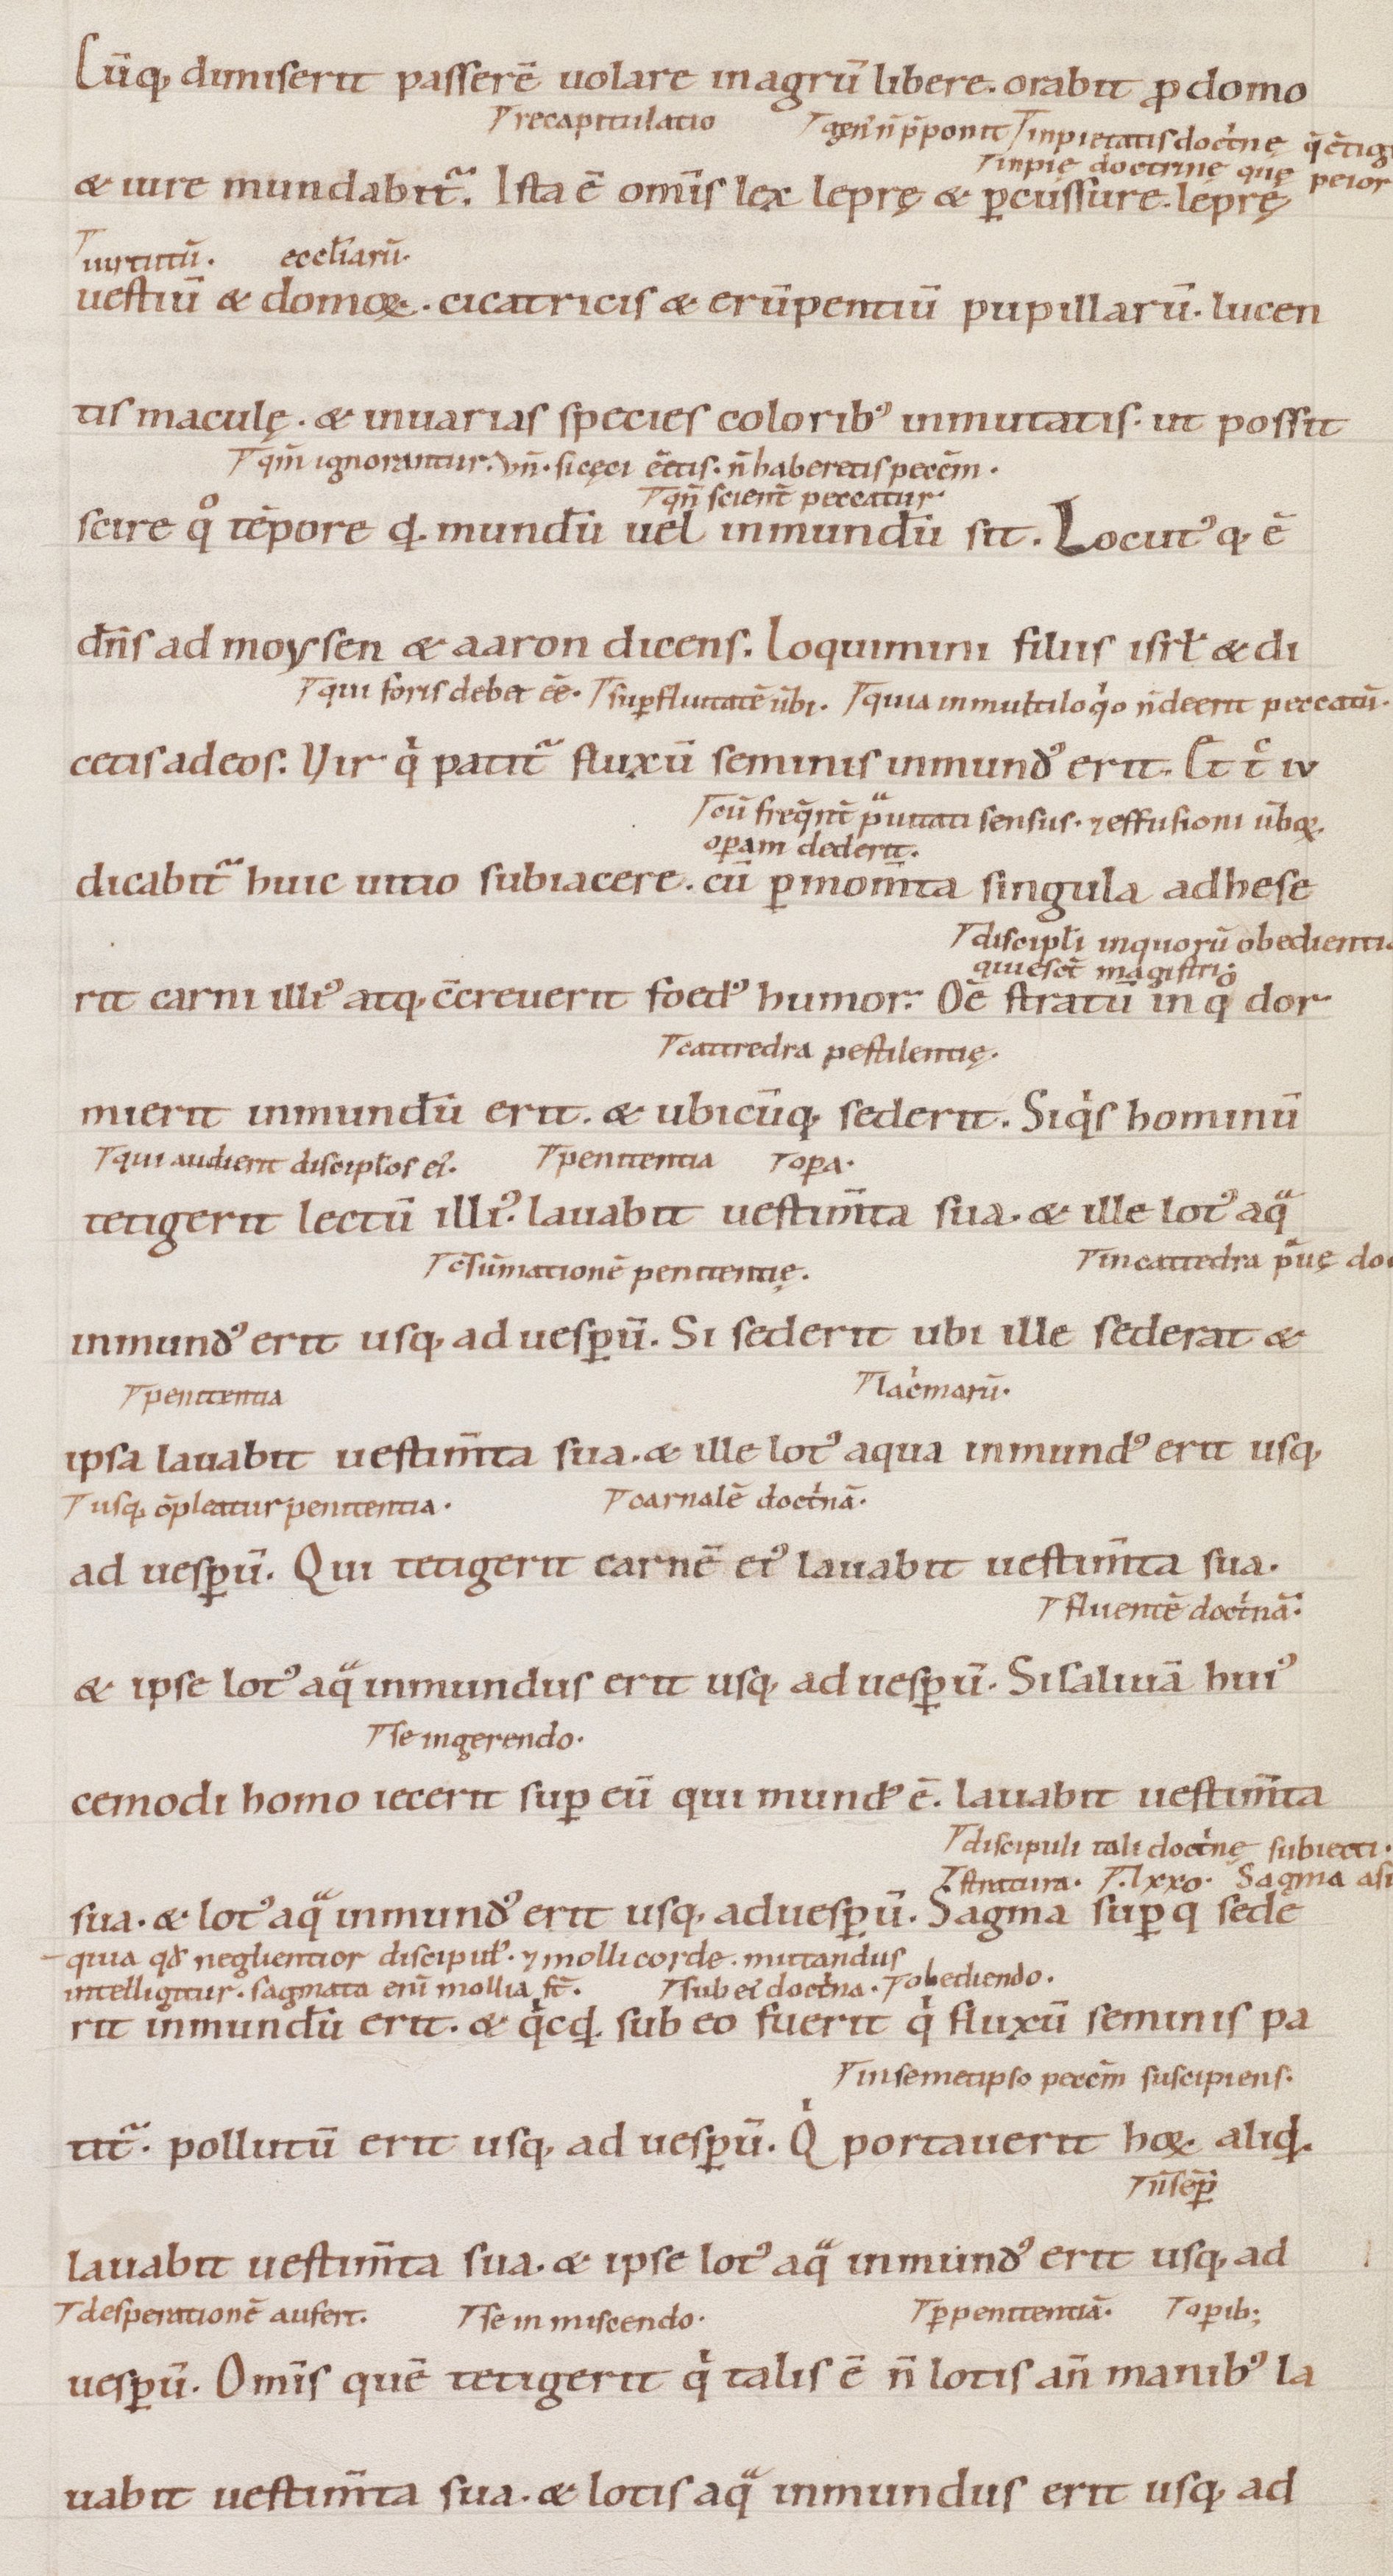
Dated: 1100–1199